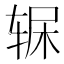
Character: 𲅂